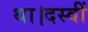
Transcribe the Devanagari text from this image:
था।दस्वीं